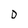
Character: 0